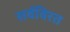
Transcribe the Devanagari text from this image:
सर्वविरत